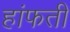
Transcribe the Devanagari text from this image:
हांफती